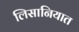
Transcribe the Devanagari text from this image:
लिसानियात